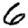
Digit: 6